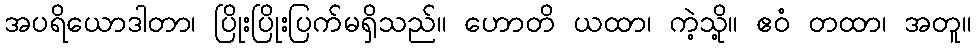
အပရိယောဒါတာ၊ ပြိုးပြိုးပြက်မရှိသည်။ ဟောတိ ယထာ၊ ကဲ့သို့။ ဧဝံ တထာ၊ အတူ။